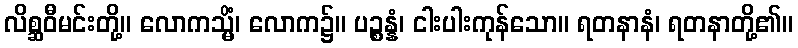
လိစ္ဆဝီမင်းတို့။ လောကသ္မိံ၊ လောက၌။ ပဉ္စန္နံ၊ ငါးပါးကုန်သော။ ရတနာနံ၊ ရတနာတို့၏။